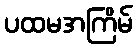
ပထမအကြိမ်